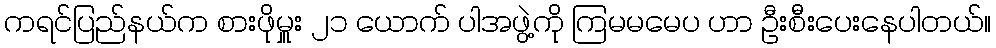
ကရင်ပြည်နယ်က စားဖိုမှူး ၂၁ ယောက် ပါအဖွဲ့ကို ကြမမမေပ ဟာ ဦးစီးပေးနေပါတယ်။